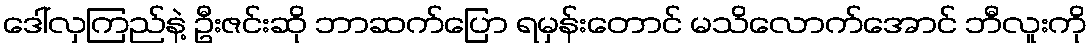
ဒေါ်လှကြည်နဲ့ ဦးဇင်းဆို ဘာဆက်ပြော ရမှန်းတောင် မသိလောက်အောင် ဘီလူးကို